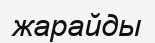
жарайды